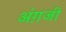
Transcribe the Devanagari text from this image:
अंग़जी